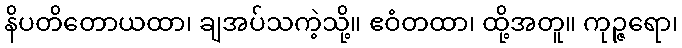
နိပတိတောယထာ၊ ချအပ်သကဲ့သို့။ ဧဝံတထာ၊ ထို့အတူ။ ကုဉ္ဇရော၊